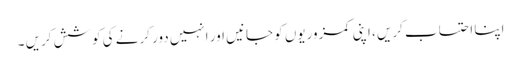
اپنا احتساب کریں ، اپنی کمزوریوں کو جانیں اور انہیں دور کرنے کی کوشش کریں ۔